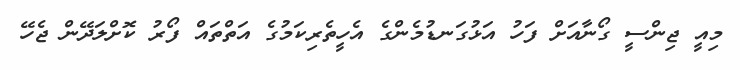
މިއީ ޖިންސީ ގޯނާއަށް ފަހު އަޅުގަނޑުމެންގެ އެހީތެރިކަމުގެ އަތްތައް ފޯރު ކޮށްލަދޭން ޖެހޭ